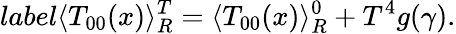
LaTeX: label{}\langle T_{00}(x)\rangle_{R}^{T}=\langle T_{00}(x)\rangle_{R}^{0}+T^{4}g(\gamma).